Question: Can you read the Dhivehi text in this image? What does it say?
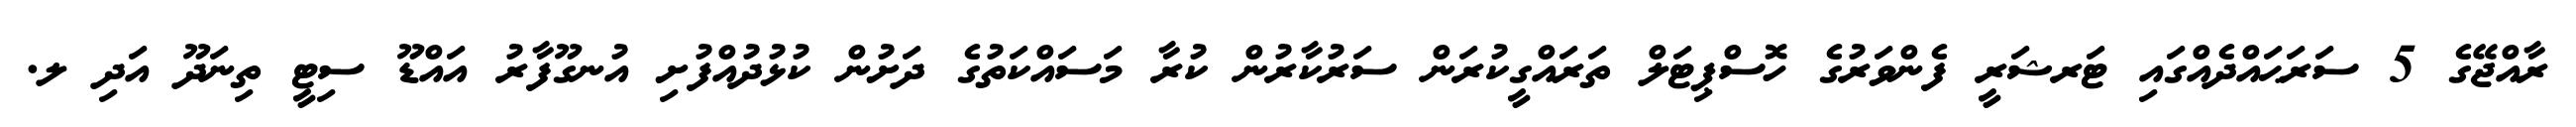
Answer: ރާއްޖޭގެ 5 ސަރަޙައްދެއްގައި ޓަރޝަރީ ފެންވަރުގެ ހޮސްޕިޓަލް ތަރައްގީކުރަން ސަރުކާރުން ކުރާ މަސައްކަތުގެ ދަށުން ކުޅުދުއްފުށި އުނގޫފާރު އައްޑޫ ސިޓީ ތިނަދޫ އަދި ލ.